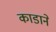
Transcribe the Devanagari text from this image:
काडाने